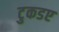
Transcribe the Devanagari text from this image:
टुकडए